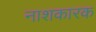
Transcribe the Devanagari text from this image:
नाशकारक